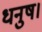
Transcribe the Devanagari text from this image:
धनुष।